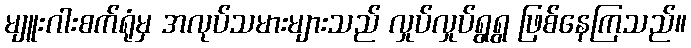
မျူးဂါးစက်ရုံမှ အလုပ်သမားများသည် လှုပ်လှုပ်ရွရွ ဖြစ်နေကြသည်။